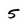
Character: 5